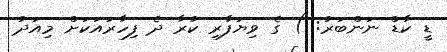
ޑީ ކާޑް ނަންބަރު: ) ގެ ވިޔަފާރި ކުރާ ދެ ފިހާރައަކަށް މިއަދު